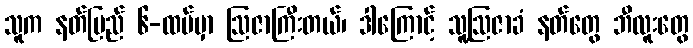
သူက နတ်ပြည် ၆-ထပ်မှာ ဩဇာကြီးတယ်၊ ဒါကြောင့် သူ့ဩဇာခံ နတ်တွေ ဘီလူးတွေ